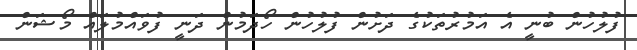
ފުލުހުން ބުނީ އެ އަމުރުތަކުގެ ދަށުން ފުލުހުން ހޯދަމުން ދަނީ ފުވައްމުލައް މޯޝަން